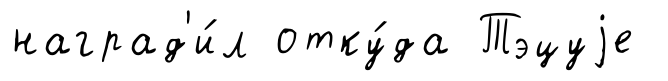
наград'и́л отку́да Тэцуjе